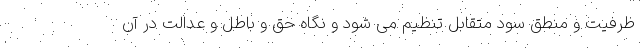
ظرفیت و منطق سود متقابل تنظیم می شود و نگاه حق و باطل و عدالت در آن